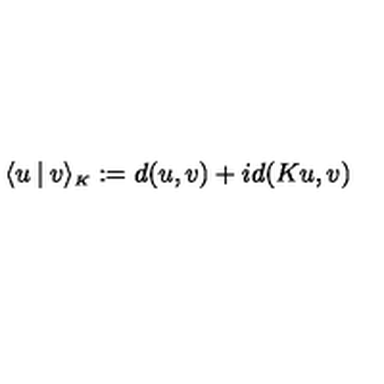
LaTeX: \langle u \mathbin | v \rangle _ { \scriptscriptstyle K } : = d ( u , v ) + i d ( K u , v )